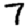
Digit: 7